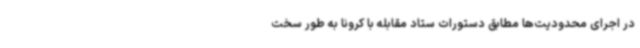
در اجرای محدودیت‌ها مطابق دستورات ستاد مقابله با کرونا به طور سخت